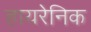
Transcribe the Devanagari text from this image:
हायरेनिक